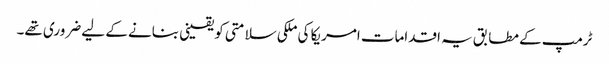
ٹرمپ کے مطابق یہ اقدامات امریکا کی ملکی سلامتی کو یقینی بنانے کے لیے ضروری تھے۔